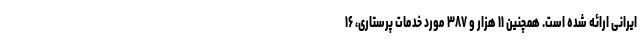
ایرانی ارائه شده است. همچنین ۱۱ هزار و ۳۸۷ مورد خدمات پرستاری، ۱۶